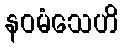
နဝမံသေဟိ